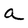
Character: a